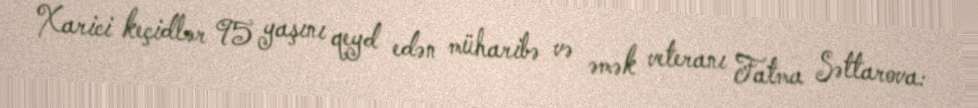
Xarici keçidlər 95 yaşını qeyd edən müharibə və əmək veteranı Fatma Səttarova: